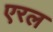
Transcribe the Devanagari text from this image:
एरल